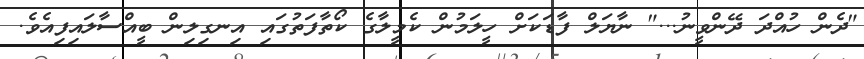
"ދެން ހުއްދަ ދޭންވީނު..." ނާޔަލް ފާޑަކަށް ހީލަމުން ކެމީލާގެ ކޯތާފަތުގައި އިނގިލިން ބީއްސާލައިފިއެވެ.